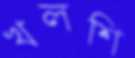
খলশি